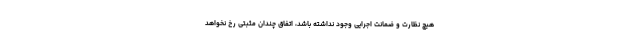
هیچ نظارت و ضمانت اجرایی وجود نداشته باشد، اتفاق چندان مثبتی رخ نخواهد